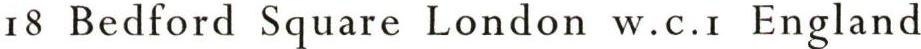
18 Bedford Square London w.c.i England